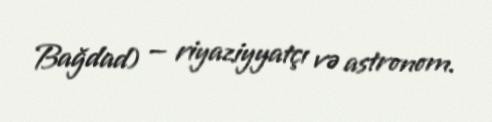
Bağdad) — riyaziyyatçı və astronom.